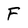
Character: F